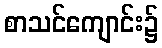
စာသင်ကျောင်း၌